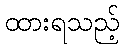
ထားရသည့်